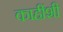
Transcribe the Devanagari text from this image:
काहींशी